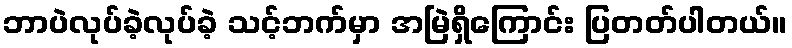
ဘာပဲလုပ်ခဲ့လုပ်ခဲ့ သင့်ဘက်မှာ အမြဲရှိကြောင်း ပြတတ်ပါတယ်။